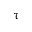
\uptau